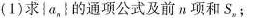
(1)求|a_{n}|的通项公式及前n项和S_{n}；